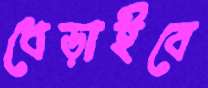
ধেড়াইবে